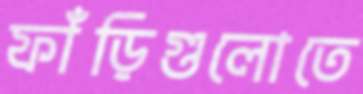
ফাঁড়িগুলোতে